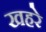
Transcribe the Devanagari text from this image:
खहरे